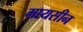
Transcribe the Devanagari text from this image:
मायसीन